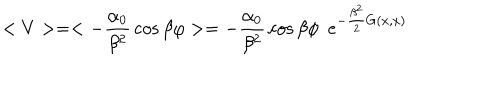
LaTeX: < V > = < - { \frac { \alpha _ { 0 } } { \beta ^ { 2 } } } \cos \beta \varphi > = - { \frac { \alpha _ { 0 } } { \beta ^ { 2 } } } \cos \beta \phi ~ ~ e ^ { - { \frac { \beta ^ { 2 } } { 2 } } G ( x , x ) }